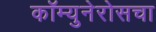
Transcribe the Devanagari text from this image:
कॉम्युनेरोसचा